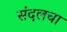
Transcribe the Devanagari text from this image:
संदलचा